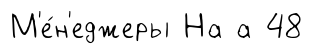
М'е́н'еджеры На а 48